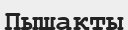
Пышақты